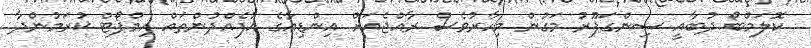
ކޮލަމްބޯ ދުބާއީ ސިންގަޕޫރު މަގުން މިހާރުވެސް ރާއްޖެއަށް އިންޑިއާގެ އުފެއްދުންތައް އިމްޕޯޓް ކުރަމުންދާ